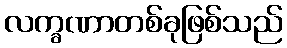
လက္ခဏာတစ်ခုဖြစ်သည်